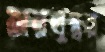
জরথুস্ত্রর